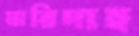
মারিদাহ